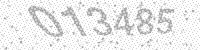
Solution: 013485